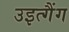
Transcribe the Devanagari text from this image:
उइत्गैंग